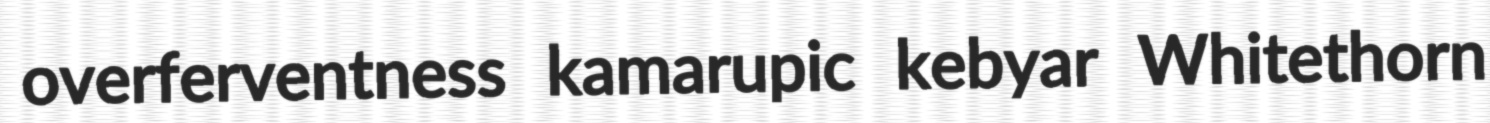
overferventness kamarupic kebyar Whitethorn